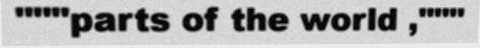
"""parts of the world ,"""